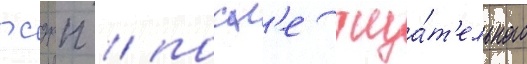
рсдрп / посл'е тща́т'ельного